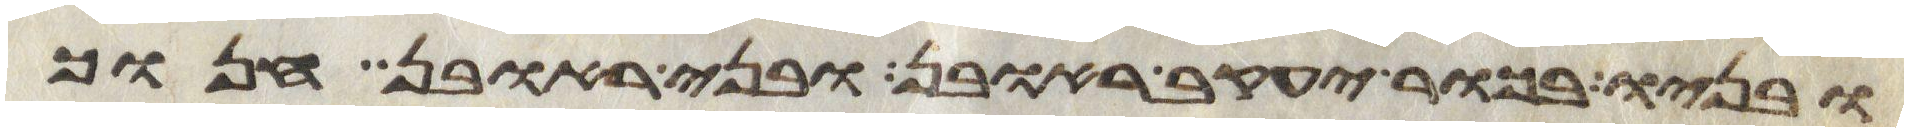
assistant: ובניו בכור יעקב ראובן ובני ראובן חנוך